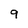
Character: 9